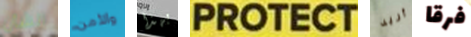
الشأن والأمن بهذا PROTECT أريد فرقا